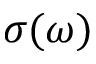
\sigma ( \omega )